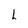
Character: L